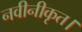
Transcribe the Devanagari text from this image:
नवीनीकृत।